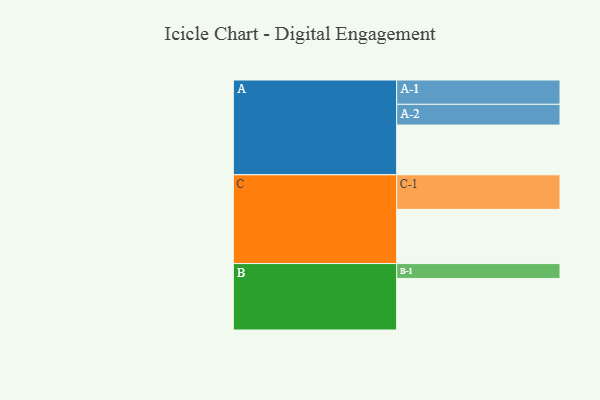
{"axis": {"x": "Segment", "y": "Value"}, "legend": ["", "A", "B", "C"], "data": [{"x": "A", "y": 354, "type": ""}, {"x": "B", "y": 367, "type": ""}, {"x": "C", "y": 386, "type": ""}, {"x": "A-1", "y": 173, "type": "A"}, {"x": "A-2", "y": 148, "type": "A"}, {"x": "B-1", "y": 106, "type": "B"}, {"x": "C-1", "y": 246, "type": "C"}]}